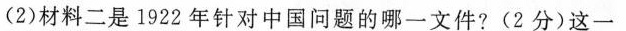
(2)材料二是1922年针对中国问题的哪一文件?(2分)这一